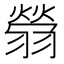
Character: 䎕